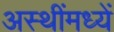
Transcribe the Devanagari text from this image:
अस्थींमध्यें